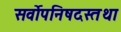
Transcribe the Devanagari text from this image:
सर्वोपनिषदस्तथा